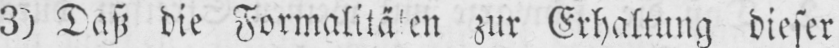
3) Daß die Formalitäten zur Erhaltung dieser